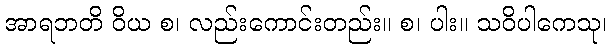
အာရဘတိ ဝိယ စ၊ လည်းကောင်းတည်း။ စ၊ ပါး။ သဝိပါကေသု၊